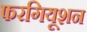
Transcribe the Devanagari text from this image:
फरगियूशन